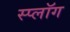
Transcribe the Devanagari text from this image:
स्प्लॉग